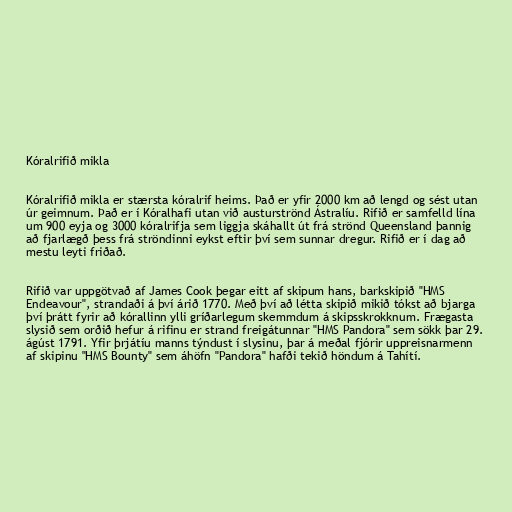
Kóralrifið mikla

Kóralrifið mikla er stærsta kóralrif heims. Það er yfir 2000 km að lengd og sést utan
úr geimnum. Það er í Kóralhafi utan við austurströnd Ástralíu. Rifið er samfelld lína
um 900 eyja og 3000 kóralrifja sem liggja skáhallt út frá strönd Queensland þannig
að fjarlægð þess frá ströndinni eykst eftir því sem sunnar dregur. Rifið er í dag að
mestu leyti friðað.

Rifið var uppgötvað af James Cook þegar eitt af skipum hans, barkskipið "HMS
Endeavour", strandaði á því árið 1770. Með því að létta skipið mikið tókst að bjarga
því þrátt fyrir að kórallinn ylli gríðarlegum skemmdum á skipsskrokknum. Frægasta
slysið sem orðið hefur á rifinu er strand freigátunnar "HMS Pandora" sem sökk þar 29.
ágúst 1791. Yfir þrjátíu manns týndust í slysinu, þar á meðal fjórir uppreisnarmenn
af skipinu "HMS Bounty" sem áhöfn "Pandora" hafði tekið höndum á Tahítí.